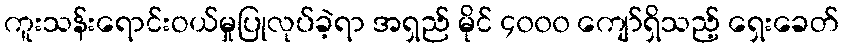
ကူးသန်းရောင်းဝယ်မှုပြုလုပ်ခဲ့ရာ အရှည် မိုင် ၄၀၀၀ ကျော်ရှိသည့် ရှေးခေတ်